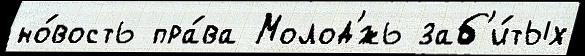
но́вость пра́ва Молод'́жь заб'и́тых